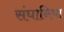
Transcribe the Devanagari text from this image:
संघानिया